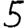
Digit: 5